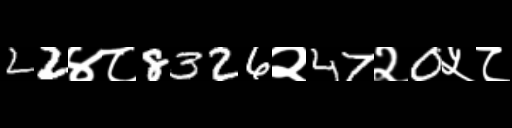
Text: 22४८8326२47२0५८